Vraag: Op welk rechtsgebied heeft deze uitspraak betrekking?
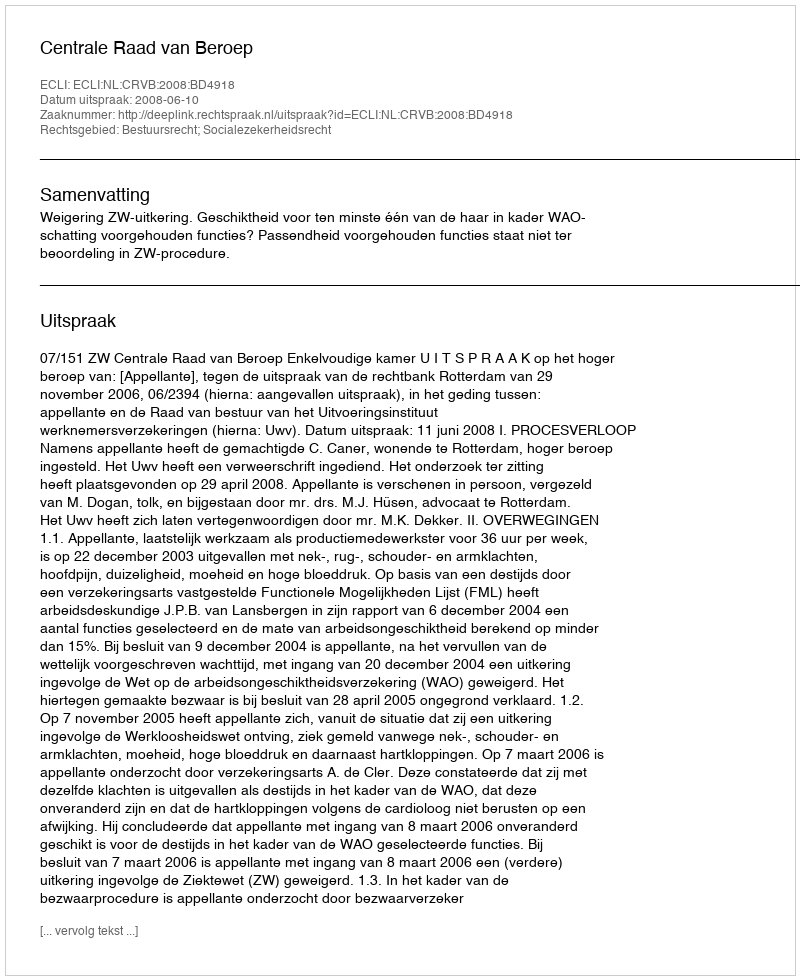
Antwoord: Bestuursrecht; Socialezekerheidsrecht